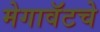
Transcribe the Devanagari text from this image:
मेगावॅटचे